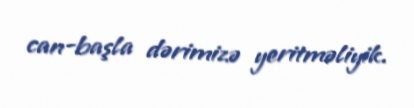
can-başla dərimizə yeritməliyik.